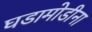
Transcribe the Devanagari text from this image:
घडामोडीना